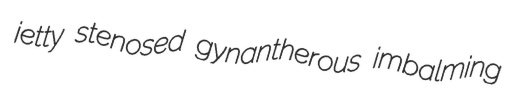
jetty stenosed gynantherous imbalming